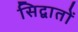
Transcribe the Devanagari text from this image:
सिद्वातों